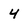
Character: 4